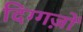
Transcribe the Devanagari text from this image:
दिग्गज़ों